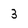
Character: 3